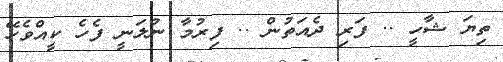
ތިޔަ ޝާހީ .. ފަރި ދެއަތުން .. ފިރުމާ ނުލަނީ ފެހެ ކީއްވެހޭ